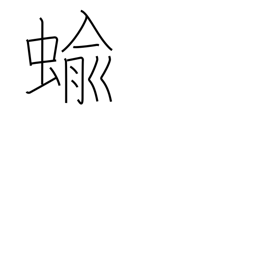
Meaning: slug